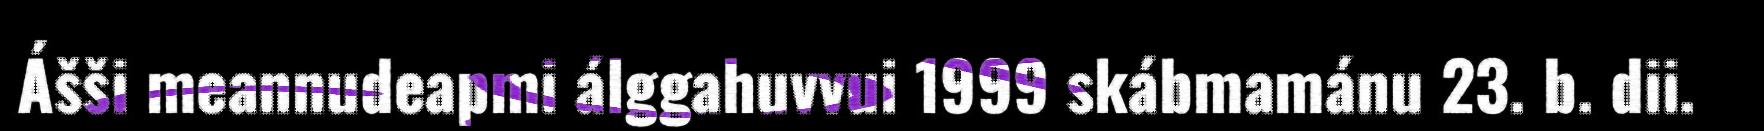
Ášši meannudeapmi álggahuvvui 1999 skábmamánu 23. b. dii.